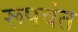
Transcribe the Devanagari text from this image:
रूपवंत